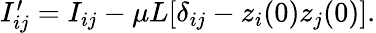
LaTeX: \begin{array}{r}{I_{ij}^{\prime}=I_{ij}-\mu L[\delta_{ij}-z_{i}(0)z_{j}(0)].}\end{array}